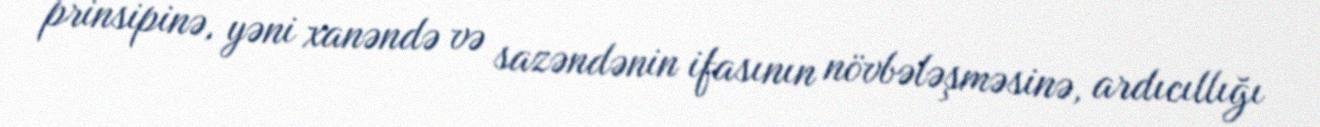
prinsipinə, yəni xanəndə və sazəndənin ifasının növbələşməsinə, ardıcıllığı